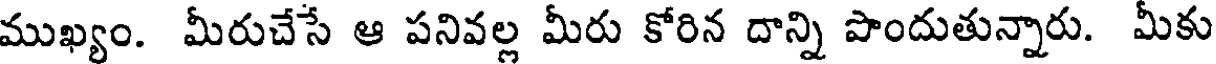
ముఖ్యం. మీరుచేసే ఆ పనివల్ల మీరు కోరిన దాన్ని పొందుతున్నారు. మీకు